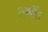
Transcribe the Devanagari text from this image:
दर्शीत